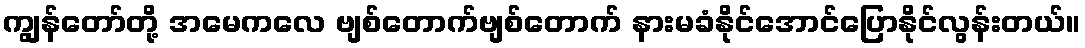
ကျွန်တော်တို့ အမေကလေ ဗျစ်တောက်ဗျစ်တောက် နားမခံနိုင်အောင်ပြောနိုင်လွန်းတယ်။